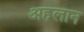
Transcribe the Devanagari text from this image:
अहलान